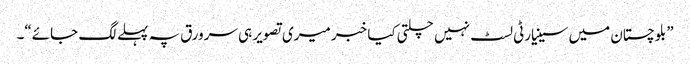
”بلوچستان میں سینیارٹی لسٹ نہیں چلتی کیا خبر میری تصویر ہی سرورق پہ پہلے لگ جائے“۔